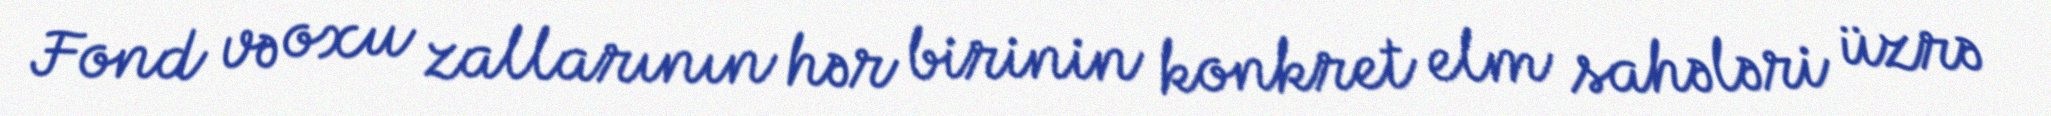
Fond və oxu zallarının hər birinin konkret elm sahələri üzrə